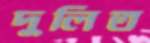
দুলিত